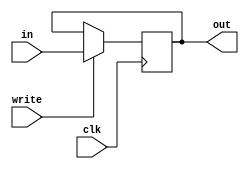
module Register_stall #(parameter WIDTH = 32) (clk, write, in, out);

input wire clk;
input wire write;
input wire [WIDTH - 1 : 0] in;
output reg [WIDTH - 1 : 0] out = 0;

always @(posedge clk) begin
    if (write) out <= in;
end

endmodule